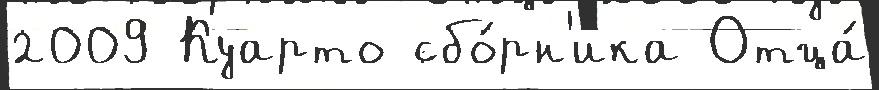
2009 Куарто сбо́рн'ика Отца́